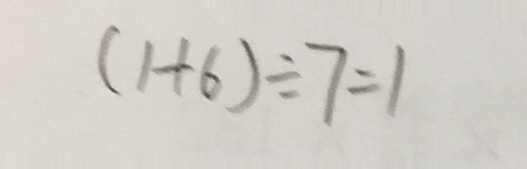
( 1 + 6 ) \div 7 = 1